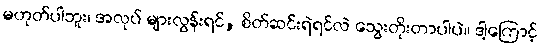
မဟုတ်ပါဘူး၊ အလုပ် များလွန်းရင်, စိတ်ဆင်းရဲရင်လဲ သွေးတိုးတာပါပဲ။ ဒါ့ကြောင့်